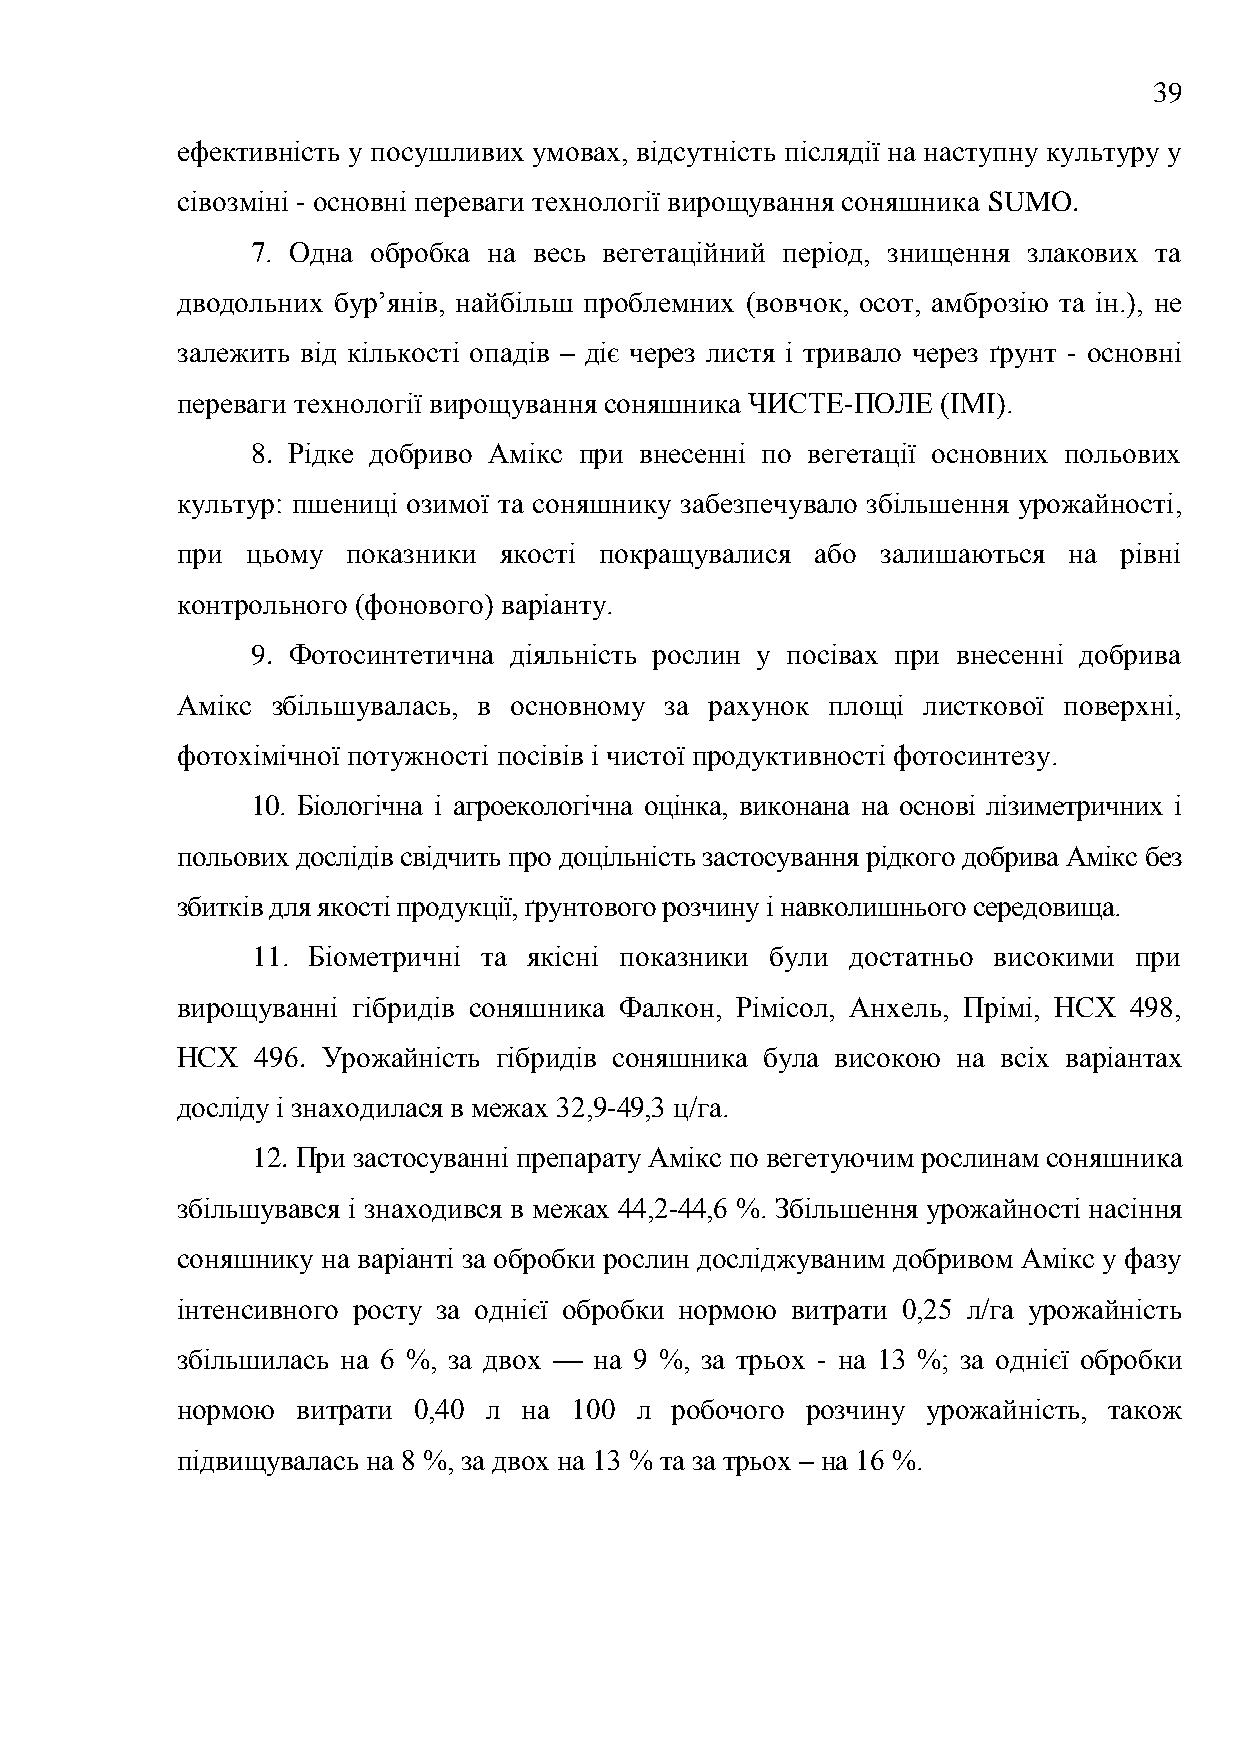
39
 ефективність у посушливих умовах, відсутність післядії на наступну культуру у
 сівозміні - основні переваги технології вирощування соняшника SUMO.
 7. Одна обробка на весь вегетаційний період, знищення злакових та
 дводольних бур’янів, найбільш проблемних (вовчок, осот, амброзію та ін.), не
 залежить від кількості опадів – діє через листя і тривало через ґрунт - основні
 переваги технології вирощування соняшника ЧИСТЕ-ПОЛЕ (ІМІ).
 8. Рідке добриво Амікс при внесенні по вегетації основних польових
 культур: пшениці озимої та соняшнику забезпечувало збільшення урожайності,
 при цьому  показники якості покращувалися або залишаються  на рівні
 контрольного (фонового) варіанту.
 9. Фотосинтетична діяльність рослин у посівах при внесенні добрива
 Амікс збільшувалась, в основному за рахунок площі листкової поверхні,
 фотохімічної потужності посівів і чистої продуктивності фотосинтезу.
 10. Біологічна і агроекологічна оцінка, виконана на основі лізиметричних і
 польових дослідів свідчить про доцільність застосування рідкого добрива Амікс без
 збитків для якості продукції, ґрунтового розчину і навколишнього середовища.
 11. Біометричні та якісні показники були достатньо високими при
 вирощуванні гібридів соняшника Фалкон, Рімісол, Анхель, Прімі, НСХ 498,
 НСХ  496. Урожайність гібридів соняшника була високою на всіх варіантах
 досліду і знаходилася в межах 32,9-49,3 ц/га.
 12. При застосуванні препарату Амікс по вегетуючим рослинам соняшника
 збільшувався і знаходився в межах 44,2-44,6 %. Збільшення урожайності насіння
 соняшнику на варіанті за обробки рослин досліджуваним добривом Амікс у фазу
 інтенсивного росту за однієї обробки нормою витрати 0,25 л/га урожайність
 збільшилась на 6 %, за двох — на 9 %, за трьох - на 13 %; за однієї обробки
 нормою  витрати 0,40 л на 100 л робочого розчину урожайність, також
 підвищувалась на 8 %, за двох на 13 % та за трьох – на 16 %.